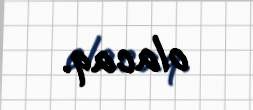
olacaq.